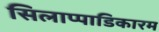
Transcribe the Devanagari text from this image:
सिलाप्पाडिकारम